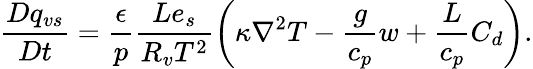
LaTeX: \frac{Dq_{vs}}{Dt}=\frac{\epsilon}{p}\frac{Le_{s}}{R_{v}T^{2}}\left(\kappa\nabla^{2}T-\frac{g}{c_{p}}w+\frac{L}{c_{p}}C_{d}\right).